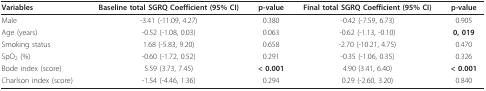
<table><thead><tr><td><b>Variables</b></td><td><b>Baseline total SGRQ Coefficient (95% CI)</b></td><td><b>p-value</b></td><td><b>Final total SGRQ Coefficient (95% CI)</b></td><td><b>p-value</b></td></tr></thead><tbody><tr><td>Male</td><td>-3.41 (-11.09, 4.27)</td><td>0.380</td><td>-0.42 (-7.59, 6.73)</td><td>0.905</td></tr><tr><td>Age (years)</td><td>-0.52 (-1.08, 0.03)</td><td>0.063</td><td>-0.62 (-1.13, -0.10)</td><td><b>0, 019</b></td></tr><tr><td>Smoking status</td><td>1.68 (-5.83, 9.20)</td><td>0.658</td><td>-2.70 (-10.21, 4.75)</td><td>0.470</td></tr><tr><td>SpO<sub>2 </sub>(%)</td><td>-0.60 (-1.72, 0.52)</td><td>0.291</td><td>-0.35 (-1.06, 0.35)</td><td>0.326</td></tr><tr><td>Bode index (score)</td><td>5.59 (3.73, 7.45)</td><td><b>&lt; 0.001</b></td><td>4.90 (3.41, 6.40)</td><td><b>&lt; 0.001</b></td></tr><tr><td>Charlson index (score)</td><td>-1.54 (-4.46, 1.36)</td><td>0.294</td><td>0.29 (-2.60, 3.20)</td><td>0.840</td></tr></tbody></table>